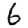
Digit: 6